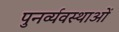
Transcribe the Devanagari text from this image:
पुनर्व्यवस्थाओं